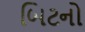
બિટનો